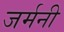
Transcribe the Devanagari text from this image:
जर्मनी